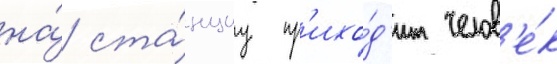
на́ ста́нциу пр'ихо́д'ит челов'е́к